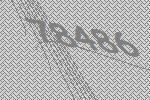
78486